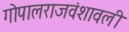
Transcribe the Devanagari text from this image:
गोपालराजवंशावली